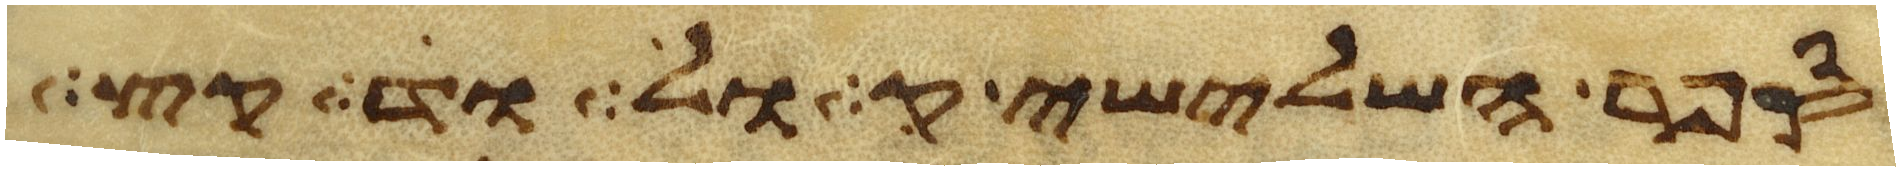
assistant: הנהר השלישי הדקל הוא